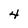
Character: 4